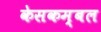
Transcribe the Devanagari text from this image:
केसकम्बल